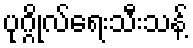
ပုဂ္ဂိုလ်ရေးသီးသန့်